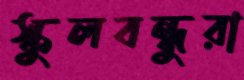
স্কুলবন্ধুরা